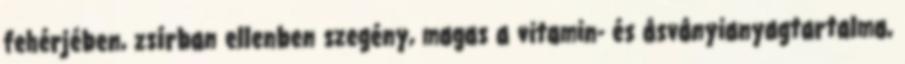
fehérjében, zsírban ellenben szegény, magas a vitamin- és ásványianyagtartalma,